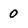
Character: 0